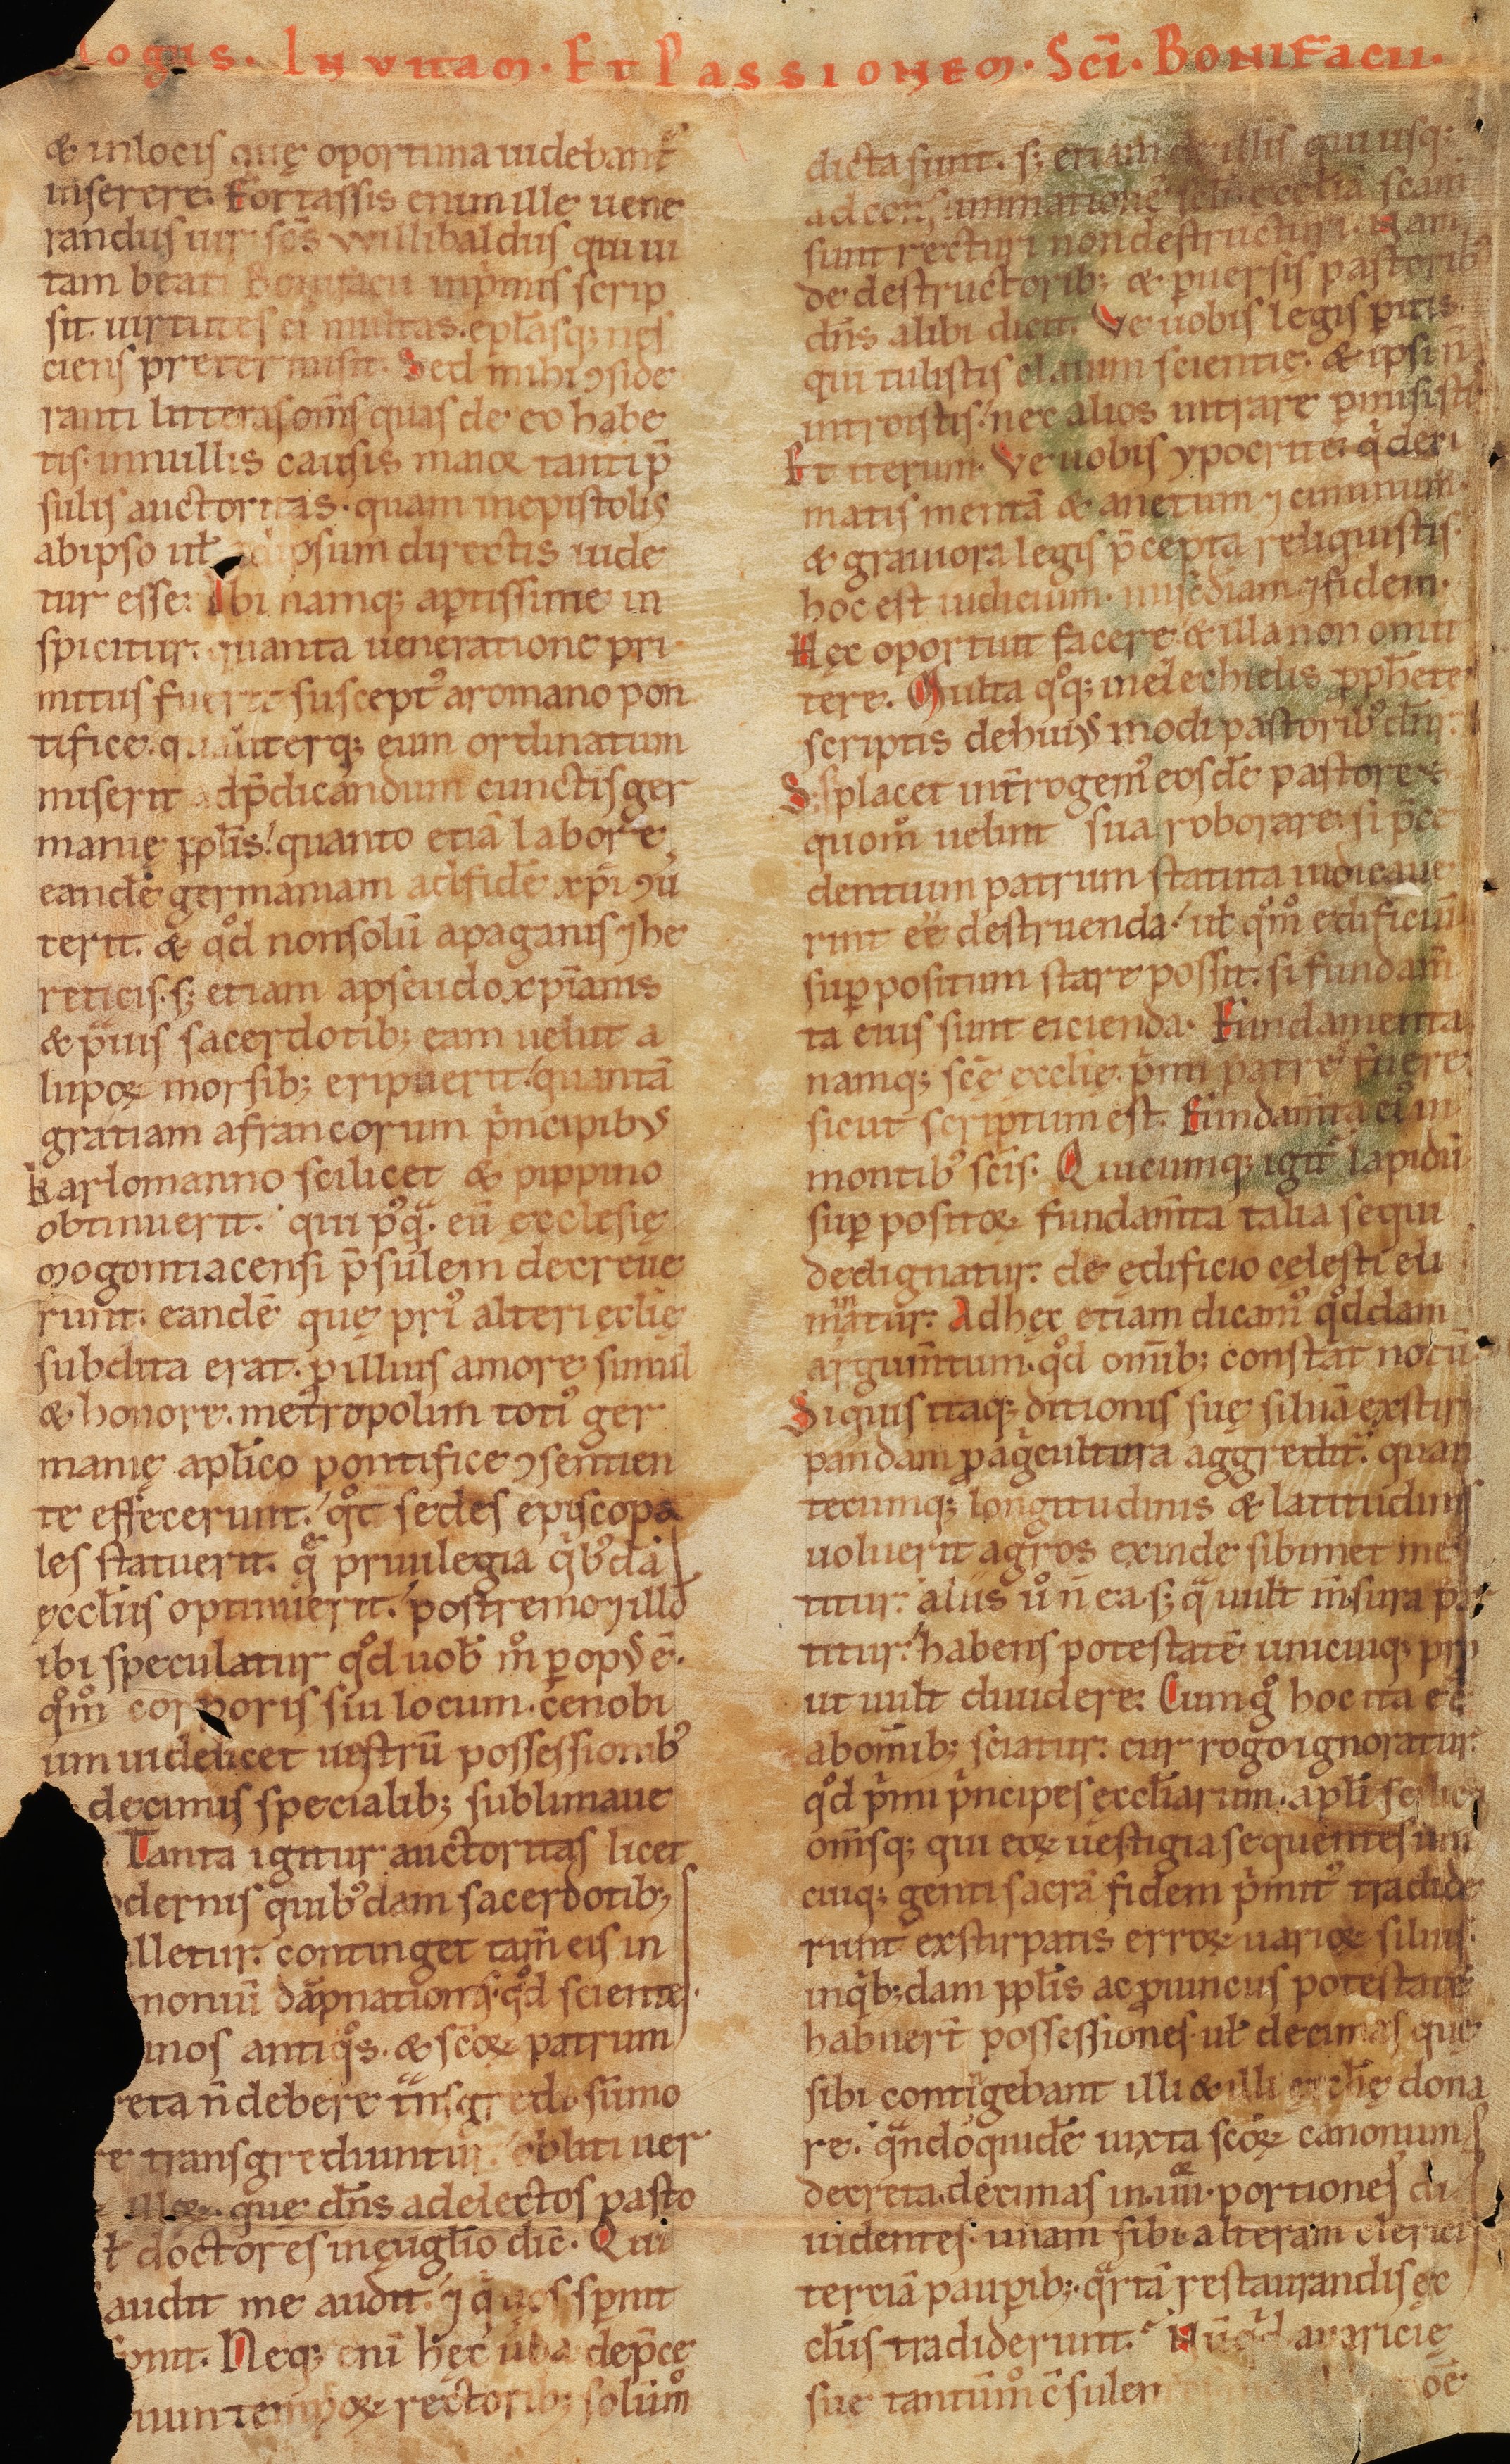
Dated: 1140–1170